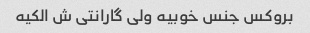
بروکس جنس خوبیه ولی گارانتی ش الکیه